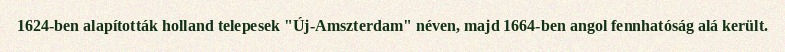
1624-ben alapították holland telepesek "Új-Amszterdam" néven, majd 1664-ben angol fennhatóság alá került.